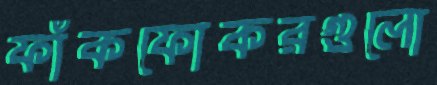
ফাঁকফোকরগুলো